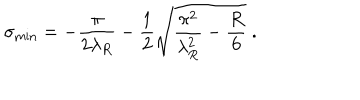
LaTeX: \sigma _ { \mathrm { m i n } } = - \frac { \pi } { 2 \lambda _ { R } } - \frac { 1 } { 2 } \sqrt { \frac { \pi ^ { 2 } } { \lambda _ { R } ^ { 2 } } - \frac { R } { 6 } } \; .